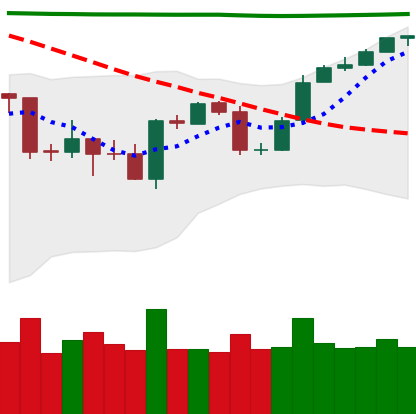
Ticker: BTC-USD
Chart end date: 2020-04-28
Forward return: 13.967%
Label: up_7plus